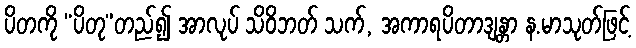
ပိတကို “ပိတု”တည်၍ အာလုပ် သိဝိဘတ် သက်, အကာရပိတာဒျန္တာ န.မာသုတ်ဖြင့်